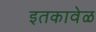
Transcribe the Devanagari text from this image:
इतकावेळ